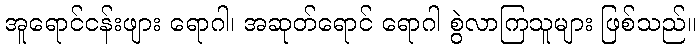
အူရောင်ငန်းဖျား ရောဂါ၊ အဆုတ်ရောင် ရောဂါ စွဲလာကြသူများ ဖြစ်သည်။